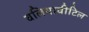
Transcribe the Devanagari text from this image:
वलियावीटिल